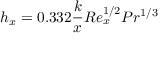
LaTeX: h _ { x } = 0 . 3 3 2 { \frac { k } { x } } R e _ { x } ^ { 1 / 2 } P r ^ { 1 / 3 }